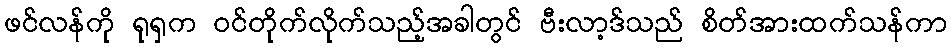
ဖင်လန်ကို ရုရှက ဝင်တိုက်လိုက်သည့်အခါတွင် ဗီးလာ့ဒ်သည် စိတ်အားထက်သန်ကာ